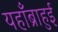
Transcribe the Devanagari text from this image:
यहाँब्राहुई